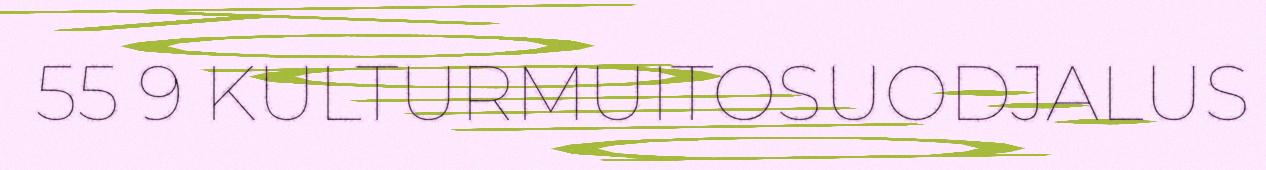
55 9 KULTURMUITOSUODJALUS